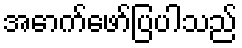
အောက်ဖော်ပြပါသည်